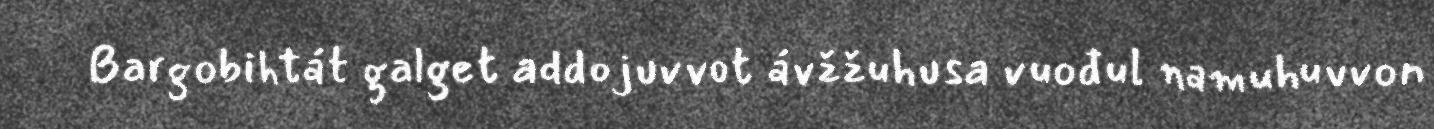
Bargobihtát galget addojuvvot ávžžuhusa vuođul namuhuvvon